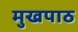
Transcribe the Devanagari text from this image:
मुखपाठ